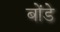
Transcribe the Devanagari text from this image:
बोंडे